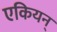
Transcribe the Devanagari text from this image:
एकियन्